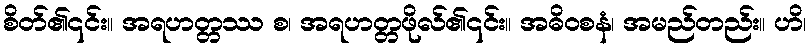
စိတ်၏၎င်း။ အရဟတ္တဿ စ၊ အရဟတ္တဖိုလ်၏၎င်း။ အဓိဝစနံ၊ အမည်တည်း။ ဟိ၊